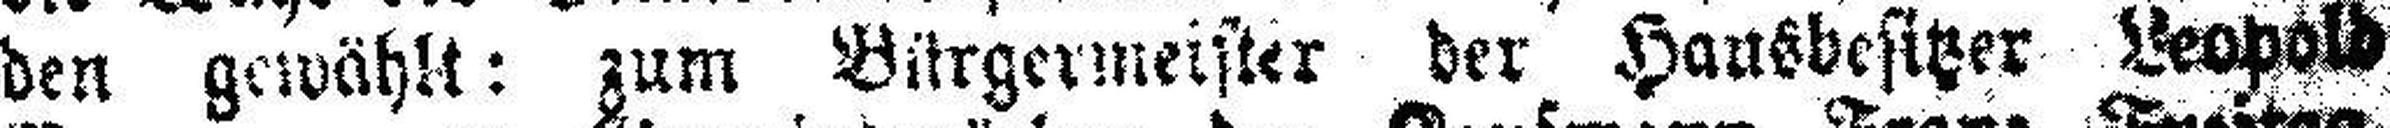
den gewählt: zum Bitrgermeister der Hausbesitzer Leopold